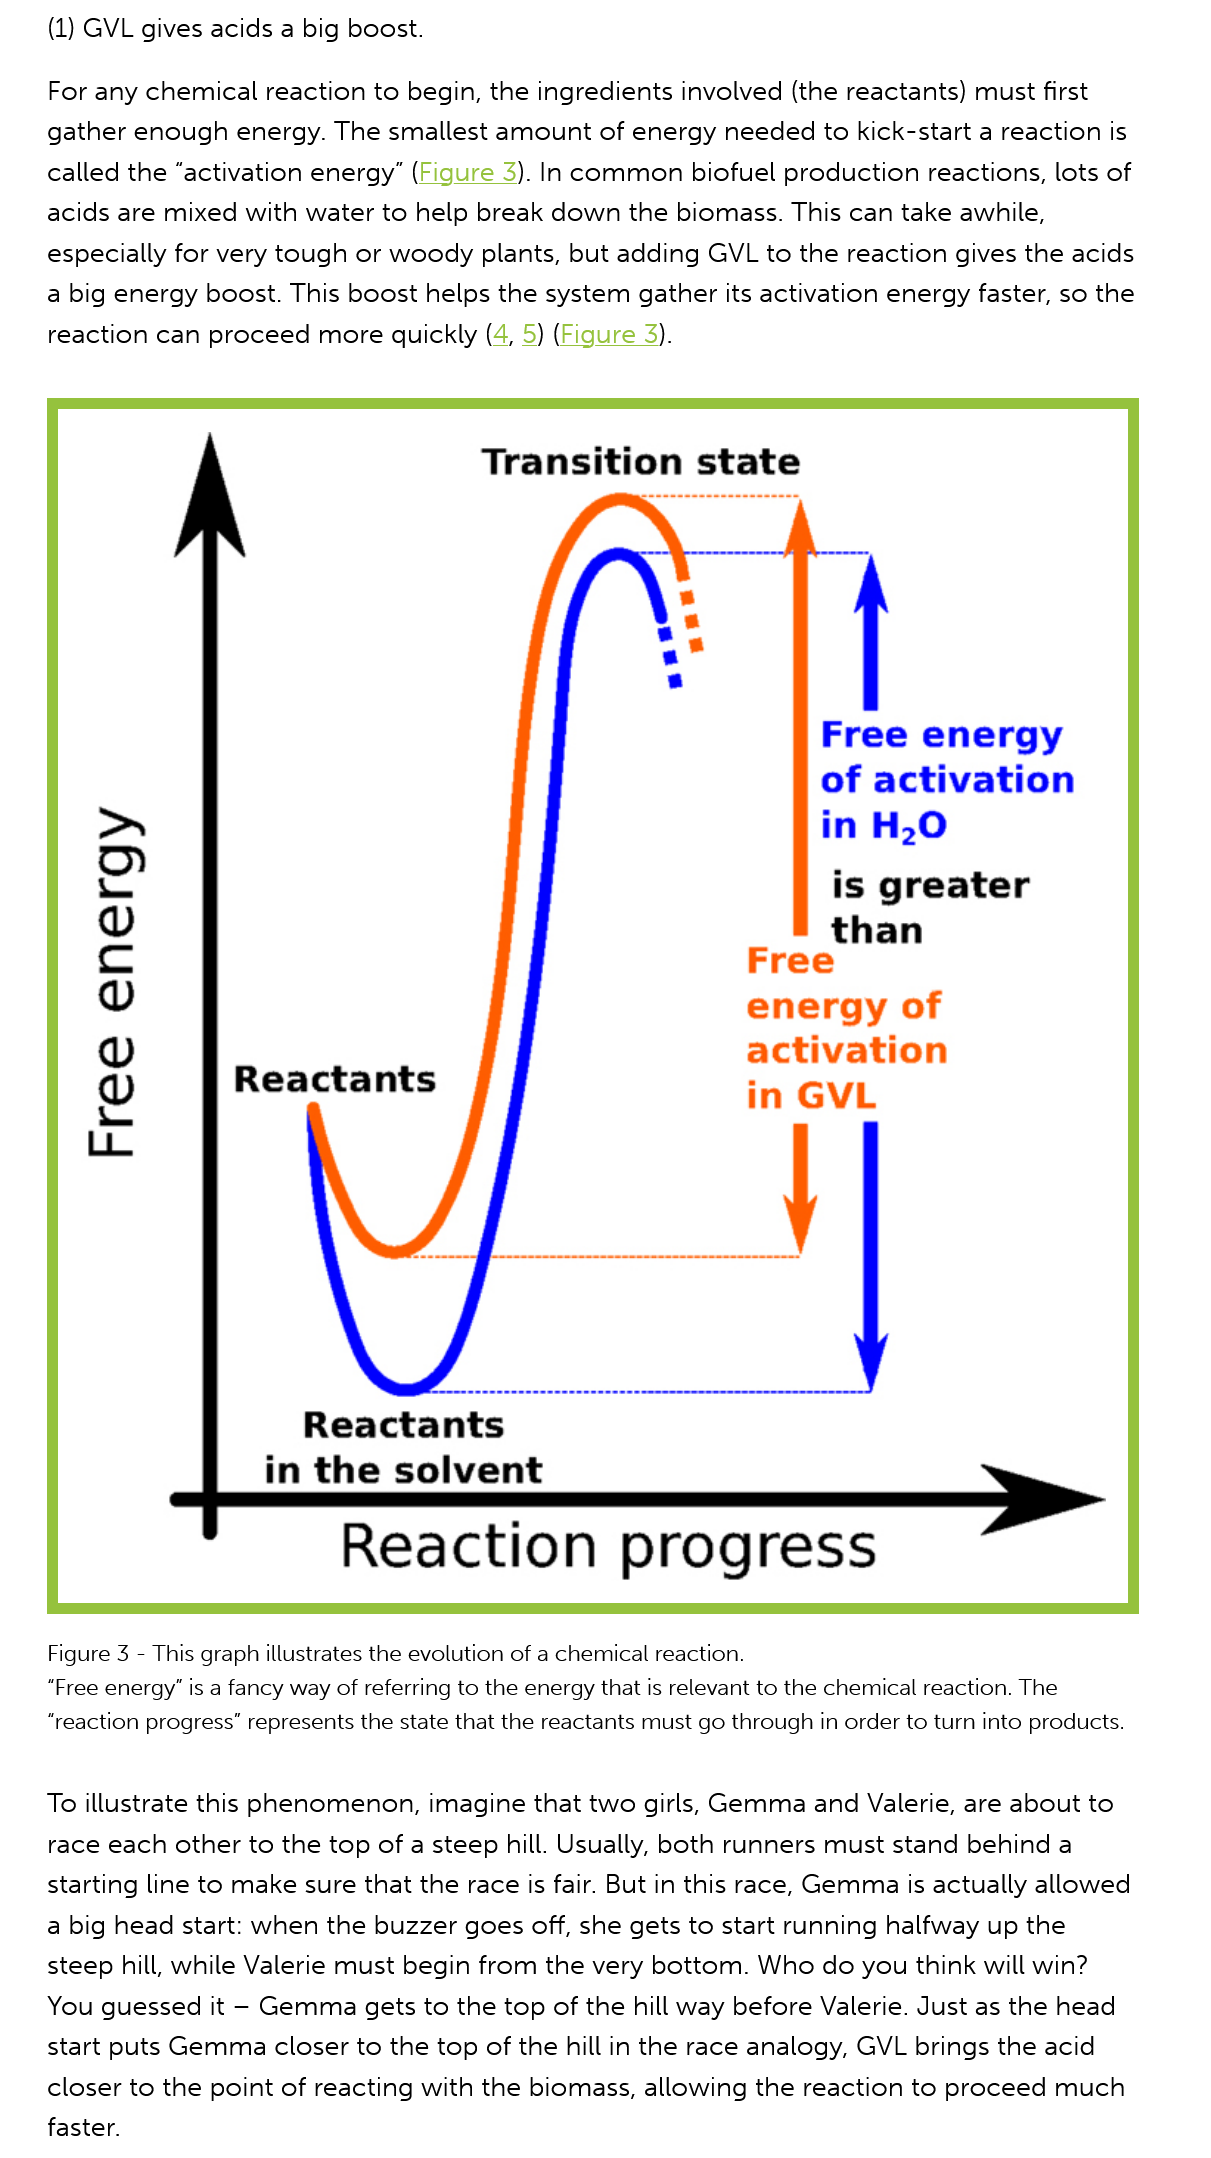
To  illustrate this phenomenon, imagine   that two girls, Gemma and Valerie,  are about  to
     race each other to the top  of a steep hill. Usually, both runners must stand behind a
     starting line to make sure that the race is fair. But in this race, Gemma is actually allowed
     a big head start: when the buzzer  goes off, she gets to start running halfway up the
     steep hill, while Valerie must begin from the very bottom.  Who  do you think  will win?
     You guessed  it
     -
     Gemma  gets  to the top of the hill way before Valerie. Just as the head
     start puts Gemma closer to   the top of the hill in the race analogy, GVL brings the acid
     closer to the point of reacting with the biomass, allowing the  reaction to proceed  much
     faster.
     Figure 3
     -
     This graph illustrates the evolution of a chemical reaction.
     “Free energy” is a fancy way of referring to the energy that is relevant to the chemical reaction. The
     “reaction progress” represents the state that the reactants must go through in order to turn into products.
     For any chemical  reaction to begin, the ingredients involved  (the reactants) must first
     gather enough   energy. The smallest amount   of energy  needed  to kick-start a reaction is
     called the “activation energy” (Figure 3). In common biofuel  production  reactions, lots of
     acids are mixed with water  to help break down the   biomass. This can  take awhile,
     especially for very tough or woody plants,  but adding  GVL to the reaction gives the acids
     a big energy boost. This boost  helps the system  gather its activation energy faster, so the
     reaction can proceed   more  quickly (4, 5) (Figure 3).
     Absaus
     3eaJ4
     Transition    state
     Free    energy
     of   activation
     in  H,O
     Reaction    progress
     Reactants
     in  the    solvent
     Free
     energy    of
     activation
     in  GVL
     is  greater
     than
     Reactants
     (1) GVL gives acids a big boost.